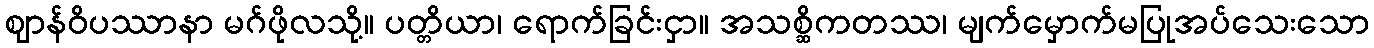
ဈာန်ဝိပဿာနာ မဂ်ဖိုလသို့။ ပတ္တိယာ၊ ရောက်ခြင်းငှာ။ အသစ္ဆိကတဿ၊ မျက်မှောက်မပြုအပ်သေးသော